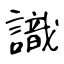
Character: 識